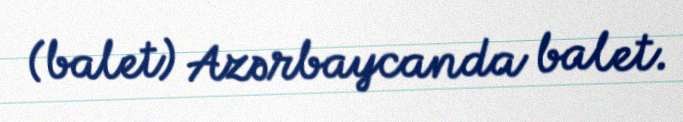
(balet) Azərbaycanda balet.